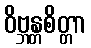
ဝိဗ္ဘန္တစိတ္တာ